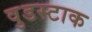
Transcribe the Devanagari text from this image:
वुडस्टाक